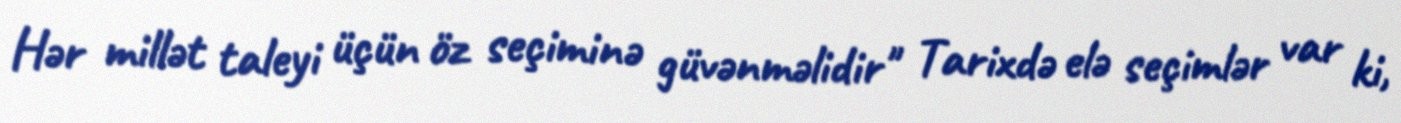
Hər millət taleyi üçün öz seçiminə güvənməlidir" Tarixdə elə seçimlər var ki,